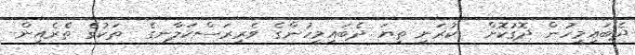
ދެބައިމީހުން ދޮގުކޮށް  ކުރަނީ ތިޔަ ދެބައިމީހުންގެ ވެރިރަސްކަލާނގެ  ތަކުގެ ތެރެއިން